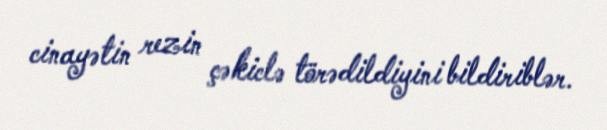
cinayətin rezin çəkiclə törədildiyini bildiriblər.